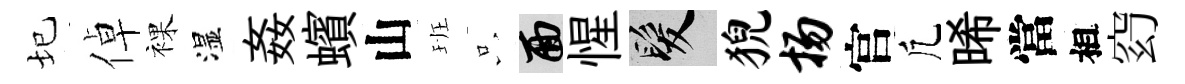
圮倬裸湿姦蠙山班只面惺髮猊扬官凢晞當相𥥆